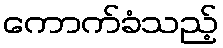
ကောက်ခံသည့်